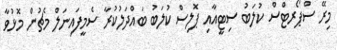
މިރޭ ސްޕޯރޓްސް ކުލަބު ސިޓީއާއި ޕޮލިސް ކުލަބު ބައްދަލުކުރާ ސެމީފައިނަލް މެޗުން މޮޅުވާ